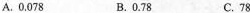
A.0.078 B.0.78 C.78